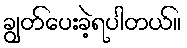
ချွတ်ပေးခဲ့ရပါတယ်။